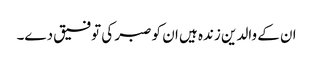
ان کے والدین زندہ ہیں ان کو صبر کی توفیق دے۔